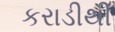
કરાડીથી